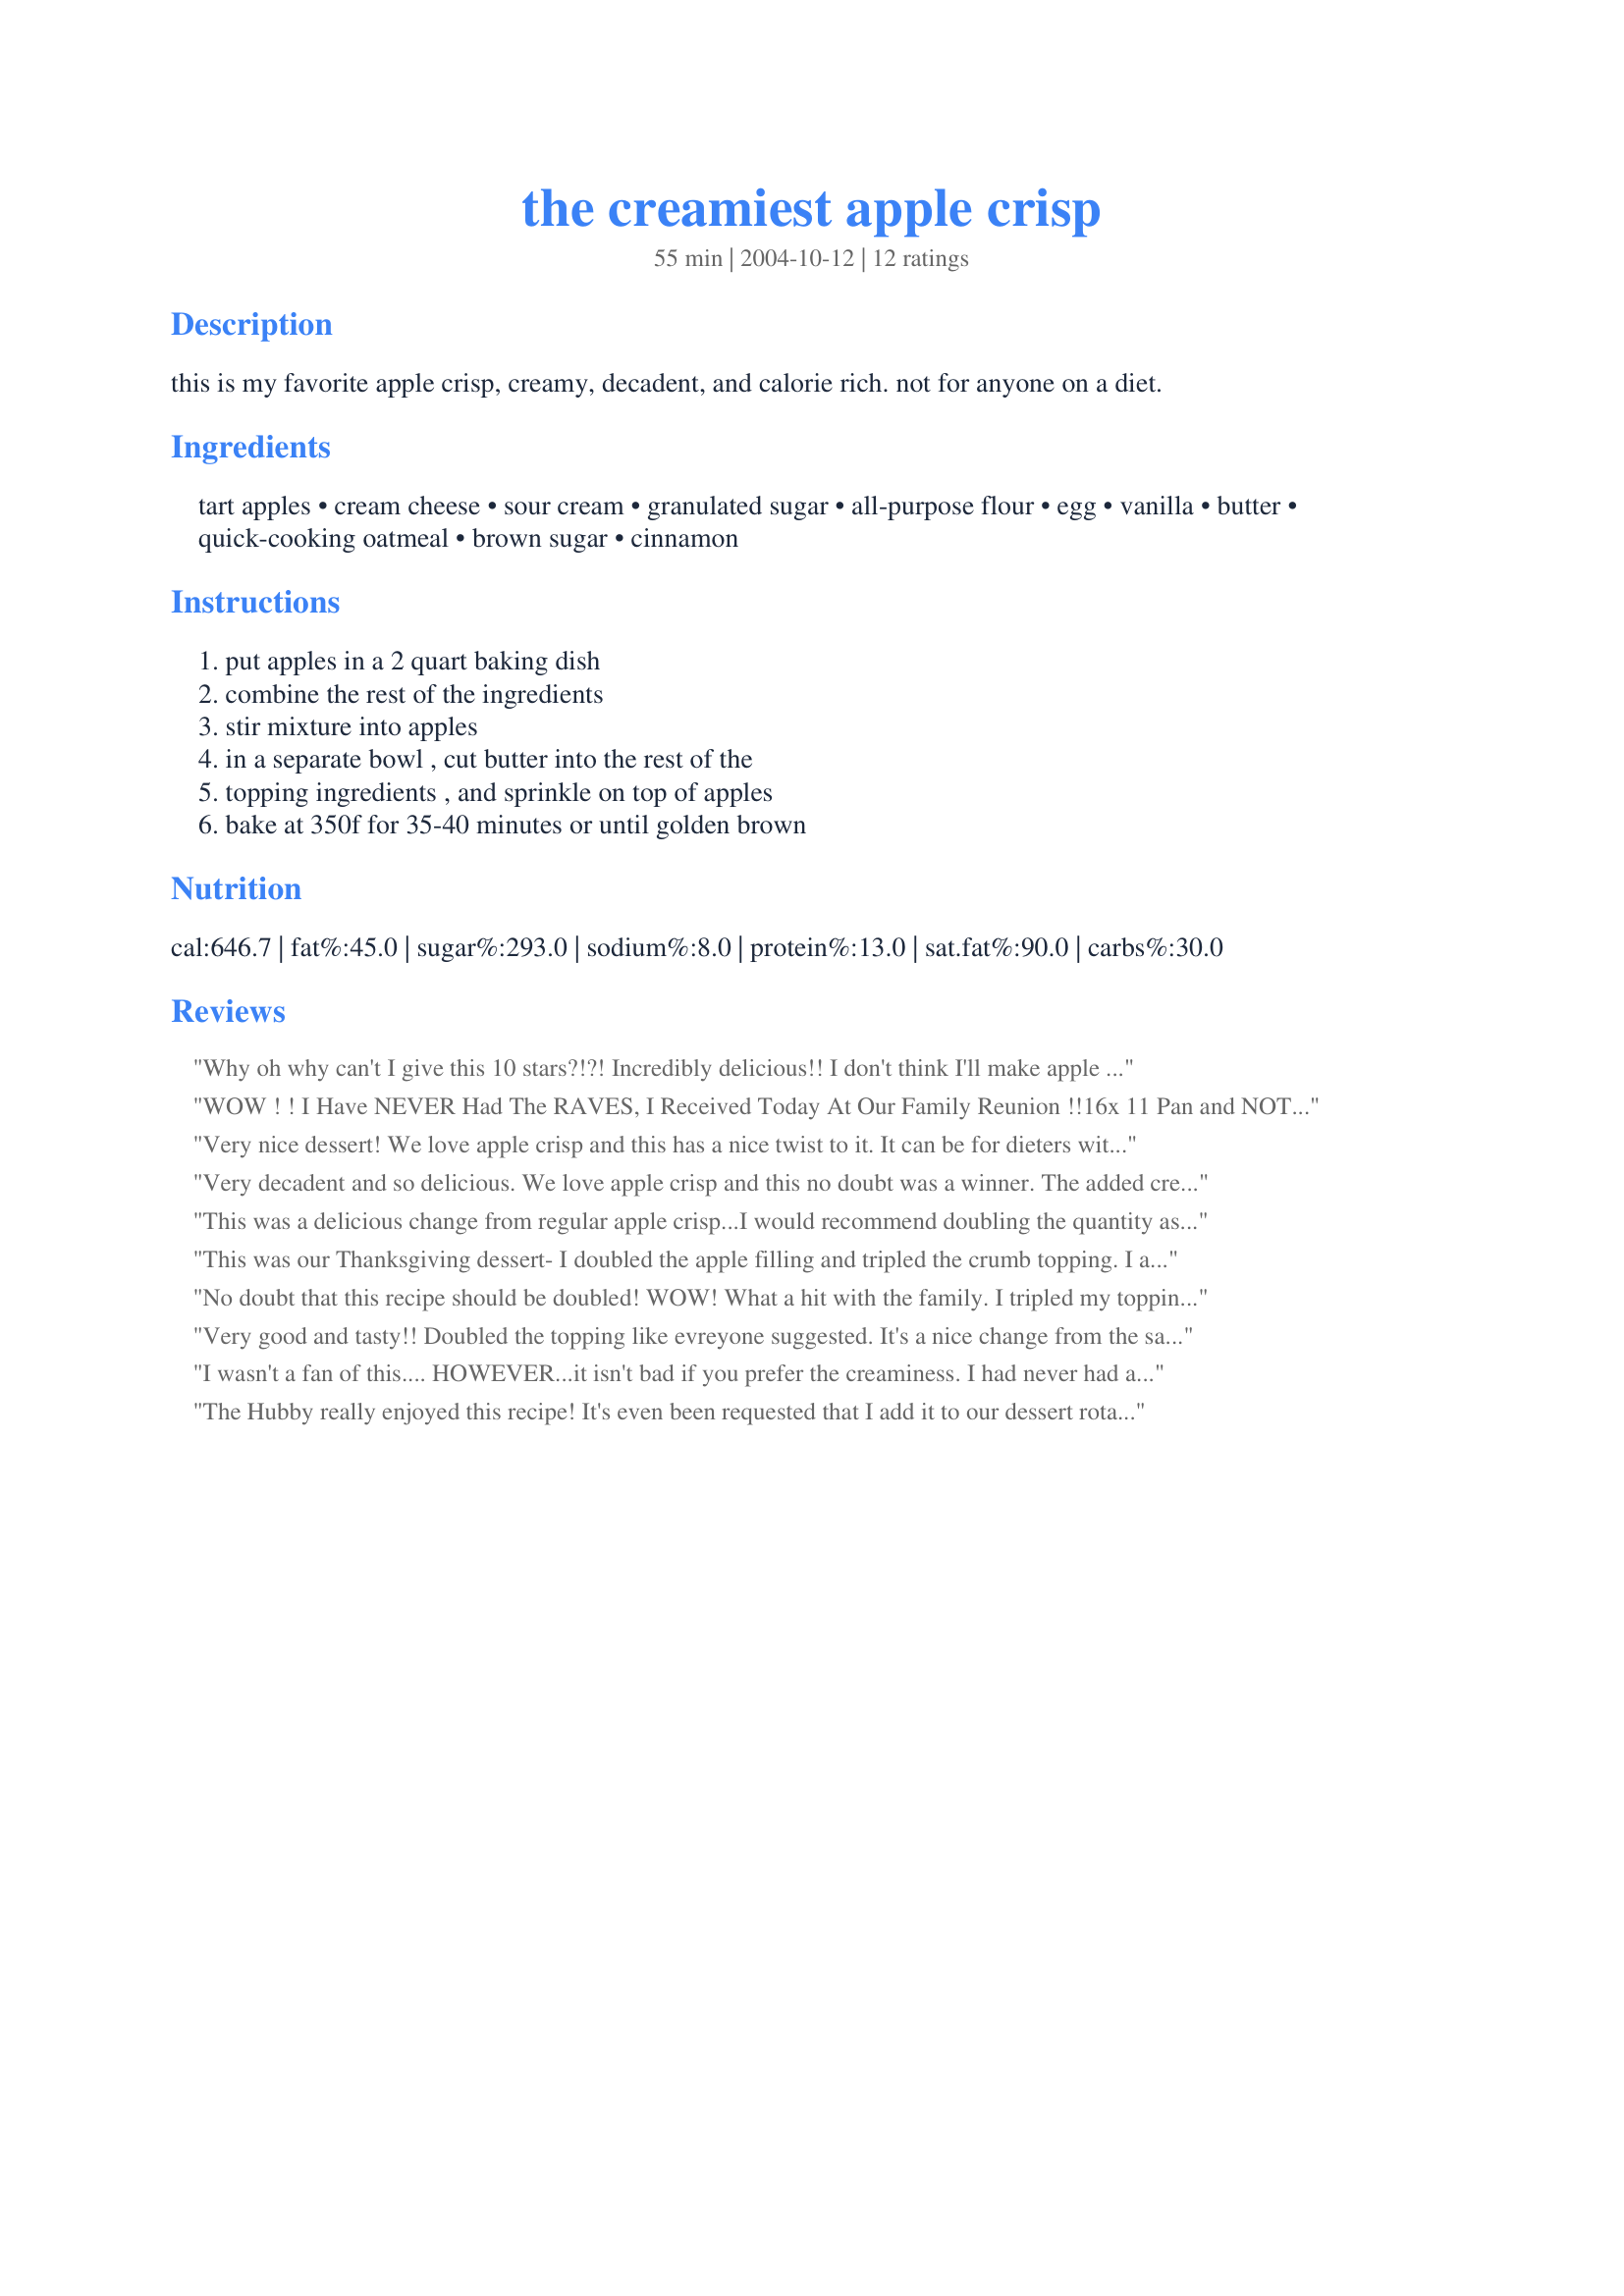
the creamiest apple crisp
Preparation time: 55 minutes

this is my favorite apple crisp, creamy, decadent, and calorie rich. not for anyone on a diet.

Ingredients:
tart apples, cream cheese, sour cream, granulated sugar, all-purpose flour, egg, vanilla, butter, quick-cooking oatmeal, brown sugar, cinnamon

Steps:
put apples in a 2 quart baking dish, combine the rest of the ingredients, stir mixture into apples, in a separate bowl , cut butter into the rest of the, topping ingredients , and sprinkle on top of apples, bake at 350f for 35-40 minutes or until golden brown

Reviews:
Why oh why can't I give this 10 stars?!?! Incredibly delicious!! I don't think I'll make apple crisp any other way from now on....thank you for the wonderful recipe!
WOW ! ! I Have NEVER Had The RAVES, I Received Today At Our Family Reunion !!<br/>16x 11 Pan and NOT A Teaspoon Left !!<br/>I Tripled The Filling, and The Topping ~~~ OUTSTANDING, SIMPLE, and WONDERFUL !! <br/>You Can't Go Wrong With This Dish:
Very nice dessert! We love apple crisp and this has a nice twist to it. It can be for dieters with lowfat sour cream, lowfat cream cheese and both the Splenda granulated sweetner and the Splenda brown sugar blend. Thanks, Carole in Orlando
Very decadent and so delicious. We love apple crisp and this no doubt was a winner. The added cream cheese and sour cream just make it "special". I did double the topping as some other reviewers mentioned. I served this at room temperature, but it was also delicious the next day straight from the fridge. This one goes into our favorites cookbook. Thanks for posting.
This was a delicious change from regular apple crisp...I would recommend doubling the quantity as everyone will want seconds!
This was our Thanksgiving dessert- I doubled the apple filling and tripled the crumb topping. I also used Granny Smith apples but next time I think I'll go with a slightly sweeter apple for this lovely crisp. Creamy, crunchy, and oh so comforting... this was excellent.
No doubt that this recipe should be doubled! WOW! What a hit with the family. I tripled my topping as I love the crunch! thanks for the great recipe, will make again!
Very good and tasty!! Doubled the topping like evreyone suggested. It's a nice change from the same old Apple Crisp recipes I've always used. Thanks!
I wasn't a fan of this.... HOWEVER...it isn't bad if you prefer the creaminess. I had never had a "creamy" apple crisp before and figured id try it. Isn't a bad recipe though...i just didn't like it thats all! :)
The Hubby really enjoyed this recipe! It's even been requested that I add it to our dessert rotation! Thanks so much for posting, this one is a keeper :)
Yummeeeee!
Yum! This was like my favorite sour cream apple pie without the hassle of making pie crust!!! I used 3 Granny Smith apples, sliced, but didn't measure them out in cups... Followed the rest of the recipe as written, including the topping. Just perfect... I served it warm, right out of the oven with some vanilla bean ice cream on top, just to make it even more decadent! Next time, I think I will coarsely chop the apples instead of slicing them so it will come out chunkier... my BF would have liked more crumb topping but I thought it waw perfect! Thanks for a keeper!!!
